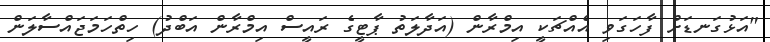
"އަޅުގަނޑަށް ފާހަގަވި އެއްޗަކީ އިމްރާން (އަދާލަތު ޕާޓީގެ ރައީސް އިމްރާން އަބްދު) ހިތްހަމަޖައްސާލަން